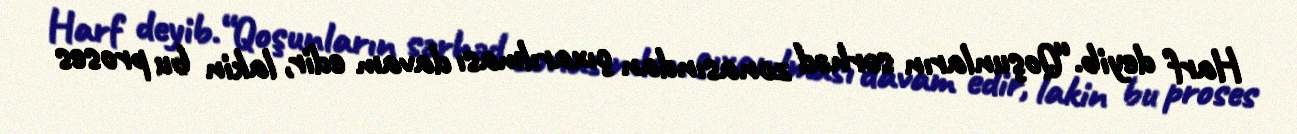
Harf deyib.“Qoşunların sərhəd zonasından çıxarılması davam edir, lakin bu proses